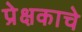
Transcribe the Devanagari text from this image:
प्रेक्षकाचे